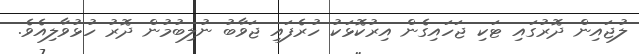
ލުޖައިން ދޮރުގައި ޓަކި ޖަހައިގެން އިރުކޮޅަކު ހުރެފައި ޖަވާބު ނުލިބުމުން ދޮރު ހުޅުވާލިއެވެ.